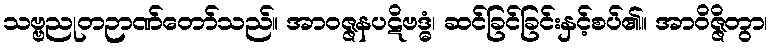
သဗ္ဗညုတဉာဏ်တော်သည်။ အာဝဇ္ဇနပဋိဗဒ္ဓံ၊ ဆင်ခြင်ခြင်းနှင့်စပ်၏။ အာဝိဇ္ဇိတွာ၊